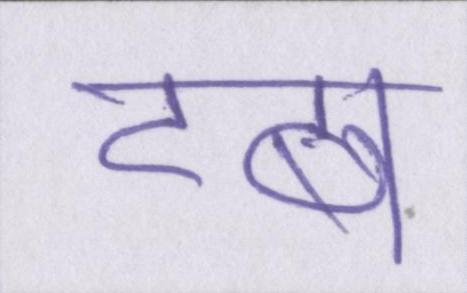
टब